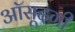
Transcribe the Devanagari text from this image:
आॅसूदगी